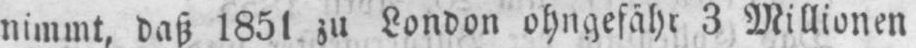
nimmt, daß 1851 zu London ohngefähr 3 Millionen